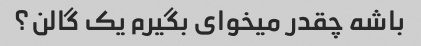
باشه چقدر میخوای بگیرم یک گالن؟